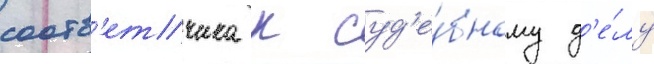
соотв'етчика к суд'е́бному д'е́лу